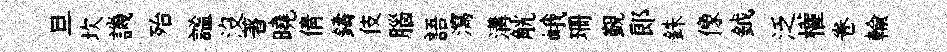
旦坎譏殆謐沒著曉倩鑄伎腦語瀉溝觥峨珊覲郞銖像鉞泛權卷輸